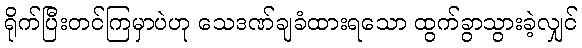
ရိုက်ပြီးတင်ကြမှာပဲဟု သေဒဏ်ချခံထားရသော ထွက်ခွာသွားခဲ့လျှင်